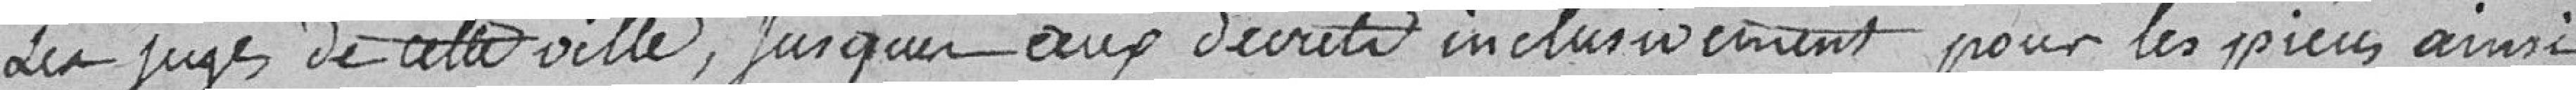
les juges de cette ville, jusqu'aux décrets inclusivement pour les pièces ainsi